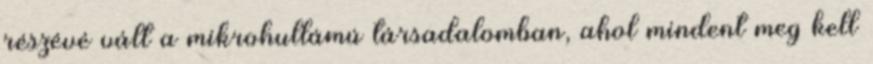
részévé vált a mikrohullámú társadalomban, ahol mindent meg kell